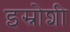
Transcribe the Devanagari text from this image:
इस्रोशी